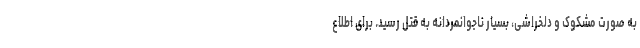
به صورت مشکوک و دلخراشی، بسیار ناجوانمردانه به قتل رسيد. برای اطلاع